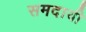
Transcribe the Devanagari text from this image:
समदायी